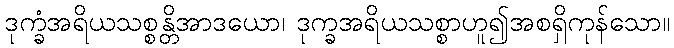
ဒုက္ခံအရိယသစ္စန္တိအာဒယော၊ ဒုက္ခအရိယသစ္စာဟူ၍အစရှိကုန်သော။